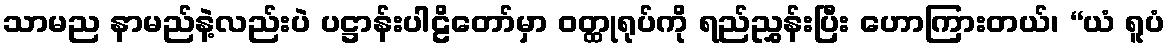
သာမည နာမည်နဲ့လည်းပဲ ပဋ္ဌာန်းပါဠိတော်မှာ ဝတ္ထုရုပ်ကို ရည်ညွှန်းပြီး ဟောကြားတယ်၊ “ယံ ရူပံ